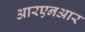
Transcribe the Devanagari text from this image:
आरएनआर